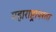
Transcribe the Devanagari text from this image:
महाराष्ट्रापरता